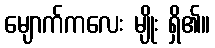
မျောက်ကလေး မျိုး ရှိ၏။